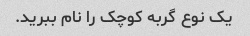
یک نوع گربه کوچک را نام ببرید.